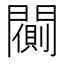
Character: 𨶨